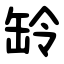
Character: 䍅